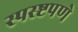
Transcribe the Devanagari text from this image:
स्पस्ष्टपणे